Lunatic asylums in Bengal annual reports 1899-1911 - 1899-1911
Year: 1899
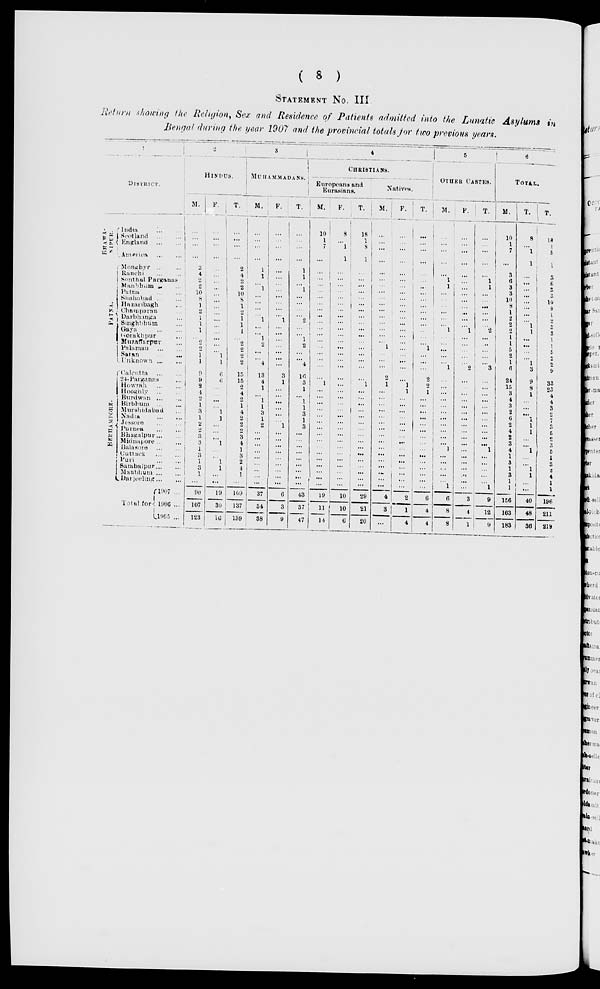
(
8
)
STATEMENT No. III
Return showing the Religion, Sex and Residence of Patients admitted into the Lunatic Asylums in
Bengal during the year 1907 and the provincial totals for two previous years.
1
DISTRICT.
BHOWA-
NIPUR.
PATNA.
BERHAMPORE.
India ... ...
Scotland
...
...
England
...
...
America
...
...
Monghyr ... ...
Ranchi ... ...
Sonthal Parganas
Manbhum
...
...
Patna
...
...
Shahabad ... ...
Hazaribagh
...
Champaran ...
Darbhanga ...
Singhbhum ...
Gaya
...
...
Gorakhpur ...
Muzaffarpur
...
Palaman
...
...
Saran
...
Unknown
...
...
Calcutta
...
...
24-Parganas
...
Howrah
...
...
Hooghly ... ...
Burdwan ... ...
Birbhum
... ...
Murshidabad ...
Nadla
...
...
Jessore ... ...
Purnea
...
...
Bhagalpur... ...
Midnapore ... ...
Balasore
...
...
Cuttack
...
...
Puri
...
...
Sambalpur ... ...
Manbhum ... ...
Darjeeling ... ...
Total for
1907 ...
1906 ...
1905 ...
2
HINDUS.
M.
...
...
...
...
2
4
2
2
10
8
1
2
1
1
1
...
2
2
1
1
9
9
2
4
2
1
3
1
2
2
3
3
1
3
1
3
1
...
90
107
123
F.
...
...
...
...
...
...
...
... ...
...
...
...
...
...
...
...
...
...
1
1
6
6
...
...
...
...
1
1
...
...
...
1
...
...
1
1
...
...
19
30
16
T.
...
...
...
...
2
4
2
2
10
8
1
2
1
1
1
... 2
2
2
2
15
15
2
4
2
1
4
2
2
2
3
4
1
3
2
4
1
...
109
137
139
3
MUHAMMADANS.
M.
...
...
...
...
1
1
...
1
...
...
...
...
1
...
...
1
2
...
...
4
13
4
1
...
1
1
3
1 2
...
...
...
...
...
...
...
... ...
37
34
38
F.
...
...
...
...
...
...
...
...
...
...
...
... 1
...
...
...
...
...
...
...
3
1
...
...
...
...
...
... 1
...
...
...
...
...
...
...
...
...
6
3
9
T.
...
...
...
...
1
1
...
1
...
...
...
... 2
...
...
1
2
... ...
4
16
5
1
...
1
1
3
1
3
...
...
...
...
...
...
...
...
...
43
37
47
4
CHRISTIANS.
Europeans and
Eurasians.
M.
10
1
7
...
...
... ...
...
...
...
...
...
...
...
...
...
...
...
...
...
...
1
...
...
...
...
...
...
...
...
...
...
... ...
...
...
...
...
19
11
14
F.
8
...
1
1
...
...
...
...
...
...
...
...
...
...
...
...
...
... ...
...
...
...
...
...
... ...
...
....
...
...
...
...
... ...
...
...
...
...
10
10
6
T.
18
1
8
1
...
...
...
...
...
...
...
...
...
...
...
...
...
...
...
...
...
1
...
...
...
...
...
...
...
...
...
...
...
...
...
...
...
...
29
21
20
Natives.
M.
...
...
...
...
...
...
...
...
...
...
...
...
...
...
...
... 1
...
...
...
2
1
...
...
... ...
...
...
...
...
...
...
...
...
...
...
...
...
4
3
...
F.
...
...
...
...
...
...
...
...
...
...
...
...
...
...
...
...
...
...
...
...
...
1
1
...
...
...
...
...
...
...
...
...
...
...
...
...
...
...
2
1
4
T.
...
...
...
...
...
...
...
...
...
...
...
...
...
...
...
...
1
... ...
...
2
2
1
...
...
...
...
... ...
...
...
...
...
...
...
...
...
...
6
4
4
5
OTHER CASTES.
M.
...
...
...
...
...
1
1
...
...
...
...
...
...
1
...
...
...
...
...
1
...
...
...
...
... ...
...
...
...
...
...
1
... ...
...
...
... 1
6
8
8
F.
...
...
...
...
...
...
...
...
...
...
...
...
...
1
...
...
...
... ...
2
...
...
...
...
... ...
...
...
...
...
...
...
... ...
...
...
...
...
3
4
1
T.
...
...
...
...
...
1
1
... ...
...
...
...
...
2
...
...
...
... ...
3
...
...
...
...
... ...
...
...
...
...
...
1
...
...
...
...
... 1
9
12
9
6
TOTAL.
M.
10
1
7
...
3
6
3
3
10
8
1
2
2
2
1
1
5
2
1
6
24
15
3
4
3
2
6
2
4
2
3
4
1
3
1
3
1
1
156
163
183
T.
8
...
1
1
...
...
...
...
...
...
...
... 1
1
...
...
...
... 1
3
9
8
1
...
...
...
1
1
1
...
...
1
...
...
1
1
...
...
40
48
36
T.
18
1
8
1
3
6
3
3
10
8
1
2
3
3
1
1
5
2
2
9
33
23
4
4
3
2
7
3
5
2
3
5
1
3
3
4
1
1
196
211
219